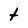
Character: t